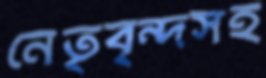
নেতৃবৃন্দসহ